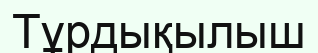
Тұрдықылыш